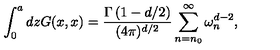
\int _ { 0 } ^ { a } d z G ( x , x ) = { \frac { \Gamma \left( 1 - d / 2 \right) } { ( 4 \pi ) ^ { d / 2 } } } \sum _ { n = n _ { 0 } } ^ { \infty } \omega _ { n } ^ { d - 2 } ,